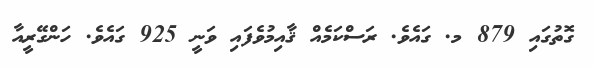
ގޮތުގައި 879 މ. ގައެވެ. ރަސްކަމެއް ޤާއިމުވެފައި ވަނީ 925 ގައެވެ. ހަންގޭރީއާ